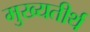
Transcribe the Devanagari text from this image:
मुख्यतीर्थ